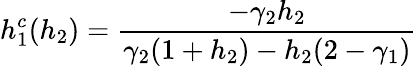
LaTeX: h_{1}^{c}(h_{2})=\frac{-\gamma_{2}h_{2}}{\gamma_{2}(1+h_{2})-h_{2}(2-\gamma_{1})}